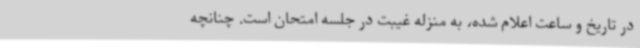
در تاریخ و ساعت اعلام شده، به منزله غیبت در جلسه امتحان است. چنانچه